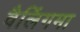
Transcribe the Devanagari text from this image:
वैलिंगमा